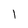
Character: l